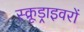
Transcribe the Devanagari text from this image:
स्क्रूड्राइवरों